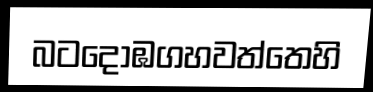
බටදොඹගහවත්තෙහි